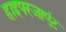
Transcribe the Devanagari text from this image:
हाइपरजाएंट